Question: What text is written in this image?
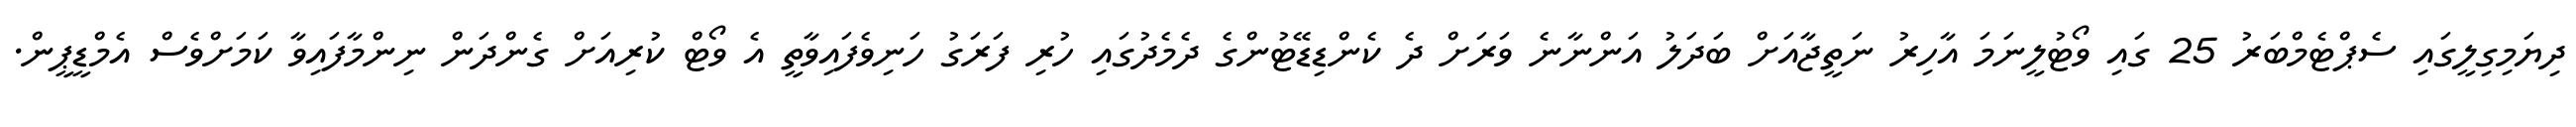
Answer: ދިޔަމިގިލީގައި ސެޕްޓެމްބަރު 25 ގައި ވޯޓުލީނަމަ އާހިރު ނަތީޖާއަށް ބަދަލު އަންނާނެ ވަރަށް ދެ ކެންޑިޑޭޓުންގެ ދެމެދުގައި ހުރި ފަރަގު ހަނިވެފައިވާތީ އެ ވޯޓް ކުރިއަށް ގެންދަން ނިންމާފައިވާ ކަމަށްވެސް އެމްޑީޕީން.